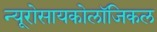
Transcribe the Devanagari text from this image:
न्यूरोसायकोलॉजिकल